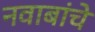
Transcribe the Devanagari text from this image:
नवाबांचे